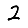
Digit: 2